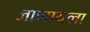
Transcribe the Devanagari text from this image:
जाणायला